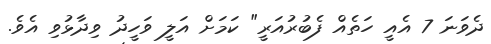
ދެވަނަ 7 އެއީ ހަތެއް ފެބުރުއަރީ" ކަމަށް އަލީ ވަހީދު ވިދާޅުވި އެވެ.